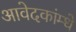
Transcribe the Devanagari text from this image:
आवेदकांम्धे